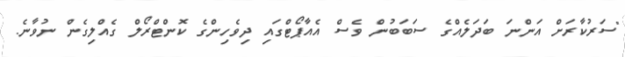
"ސަރުކާރަށް އަންނަ ބަދަލެއްގެ ސަބަބުން ވެސް އެއާޕޯޓްގައި ދިވެހިންގެ ކޮންޓްރޯލް ގެއްލިގެން ނުވާނެ.